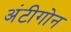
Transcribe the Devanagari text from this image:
अंटीगोन